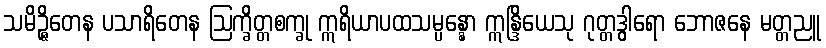
သမိဉ္ဇိတေန ပသာရိတေန ဩက္ခိတ္တစက္ခု ဣရိယာပထသမ္ပန္နော ဣန္ဒြိယေသု ဂုတ္တဒွါရော ဘောဇနေ မတ္တညူ